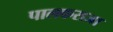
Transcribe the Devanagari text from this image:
पालकराजा